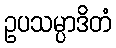
ဥပသမ္ပာဒိတံ